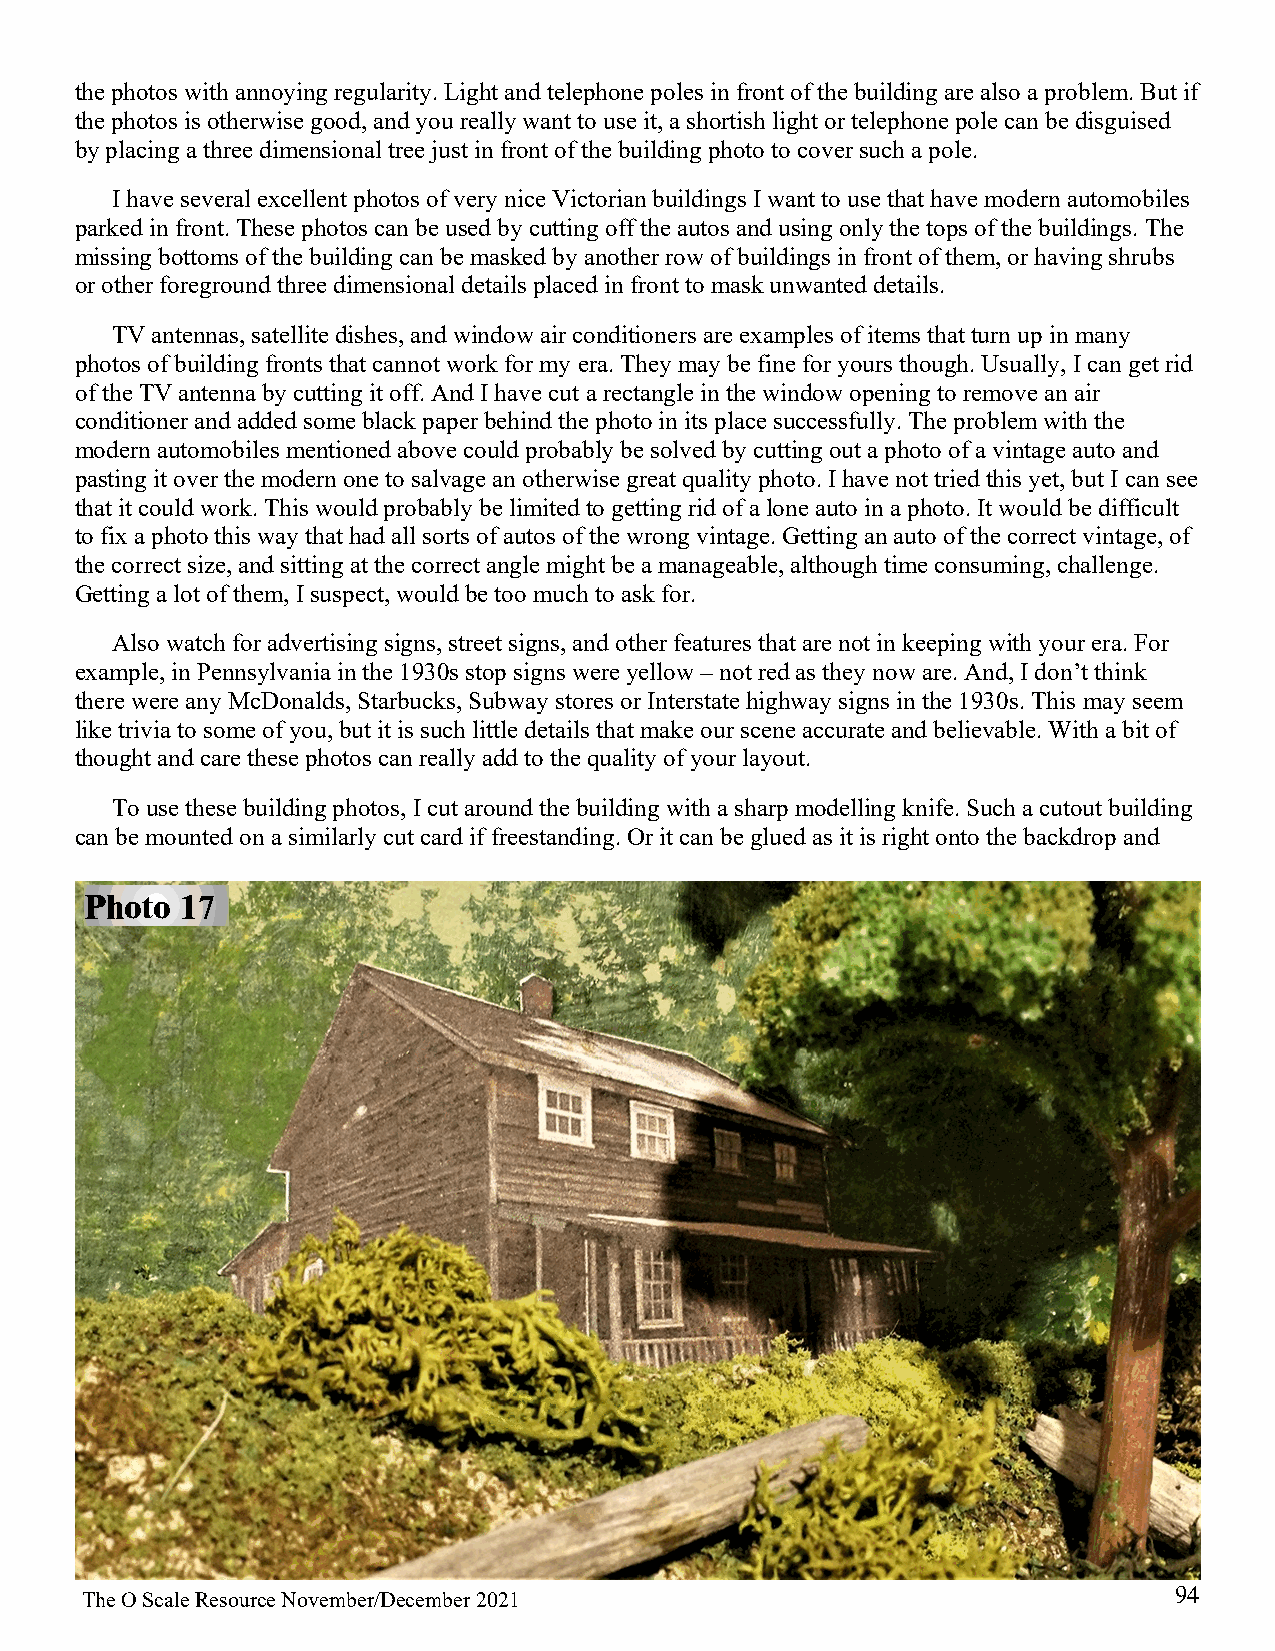
the photos with annoying regularity. Light and telephone poles in front of the building are also a problem. But if
 the photos is otherwise good, and you really want to use it, a shortish light or telephone pole can be disguised
 by placing a three dimensional tree just in front of the building photo to cover such a pole.
 I have several excellent photos of very nice Victorian buildings I want to use that have modern automobiles
 parked in front. These photos can be used by cutting off the autos and using only the tops of the buildings. The
 missing bottoms of the building can be masked by another row of buildings in front of them, or having shrubs
 or other foreground three dimensional details placed in front to mask unwanted details.
 TV antennas, satellite dishes, and window air conditioners are examples of items that turn up in many
 photos of building fronts that cannot work for my era. They may be fine for yours though. Usually, I can get rid
 of the TV antenna by cutting it off. And I have cut a rectangle in the window opening to remove an air
 conditioner and added some black paper behind the photo in its place successfully. The problem with the
 modern automobiles mentioned above could probably be solved by cutting out a photo of a vintage auto and
 pasting it over the modern one to salvage an otherwise great quality photo. I have not tried this yet, but I can see
 that it could work. This would probably be limited to getting rid of a lone auto in a photo. It would be difficult
 to fix a photo this way that had all sorts of autos of the wrong vintage. Getting an auto of the correct vintage, of
 the correct size, and sitting at the correct angle might be a manageable, although time consuming, challenge.
 Getting a lot of them, I suspect, would be too much to ask for.
 Also watch for advertising signs, street signs, and other features that are not in keeping with your era. For
 example, in Pennsylvania in the 1930s stop signs were yellow – not red as they now are. And, I don’t think
 there were any McDonalds, Starbucks, Subway stores or Interstate highway signs in the 1930s. This may seem
 like trivia to some of you, but it is such little details that make our scene accurate and believable. With a bit of
 thought and care these photos can really add to the quality of your layout.
 To use these building photos, I cut around the building with a sharp modelling knife. Such a cutout building
 can be mounted on a similarly cut card if freestanding. Or it can be glued as it is right onto the backdrop and
 Photo 17
 94
 The O Scale Resource November/December 2021